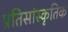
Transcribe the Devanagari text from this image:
प्रतिसांस्कृतिक